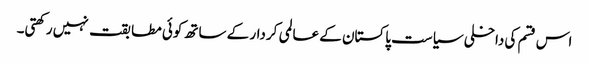
اس قسم کی داخلی سیاست پاکستان کے عالمی کردار کے ساتھ کوئی مطابقت نہیں رکھتی۔